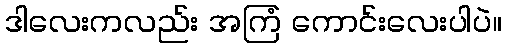
ဒါလေးကလည်း အကြံ ကောင်းလေးပါပဲ။